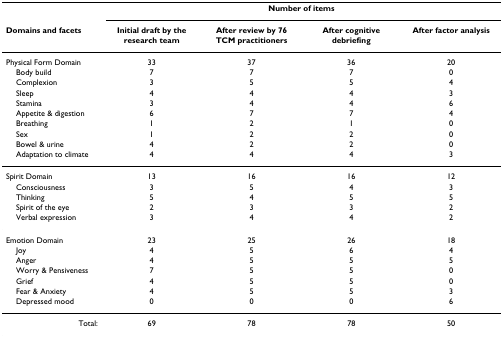
<table><thead><tr><td></td><td colspan="4"><b>Number of items</b></td></tr><tr><td><b>Domains and facets</b></td><td><b>Initial draft by the research team</b></td><td><b>After review by 76 TCM practitioners</b></td><td><b>After cognitive debriefing</b></td><td><b>After factor analysis</b></td></tr></thead><tbody><tr><td>Physical Form Domain</td><td>33</td><td>37</td><td>36</td><td>20</td></tr><tr><td> Body build</td><td>7</td><td>7</td><td>7</td><td>0</td></tr><tr><td> Complexion</td><td>3</td><td>5</td><td>5</td><td>4</td></tr><tr><td> Sleep</td><td>4</td><td>4</td><td>4</td><td>3</td></tr><tr><td> Stamina</td><td>3</td><td>4</td><td>4</td><td>6</td></tr><tr><td> Appetite &amp; digestion</td><td>6</td><td>7</td><td>7</td><td>4</td></tr><tr><td> Breathing</td><td>1</td><td>2</td><td>1</td><td>0</td></tr><tr><td> Sex</td><td>1</td><td>2</td><td>2</td><td>0</td></tr><tr><td> Bowel &amp; urine</td><td>4</td><td>2</td><td>2</td><td>0</td></tr><tr><td> Adaptation to climate</td><td>4</td><td>4</td><td>4</td><td>3</td></tr><tr><td>Spirit Domain</td><td>13</td><td>16</td><td>16</td><td>12</td></tr><tr><td> Consciousness</td><td>3</td><td>5</td><td>4</td><td>3</td></tr><tr><td> Thinking</td><td>5</td><td>4</td><td>5</td><td>5</td></tr><tr><td> Spirit of the eye</td><td>2</td><td>3</td><td>3</td><td>2</td></tr><tr><td> Verbal expression</td><td>3</td><td>4</td><td>4</td><td>2</td></tr><tr><td>Emotion Domain</td><td>23</td><td>25</td><td>26</td><td>18</td></tr><tr><td> Joy</td><td>4</td><td>5</td><td>6</td><td>4</td></tr><tr><td> Anger</td><td>4</td><td>5</td><td>5</td><td>5</td></tr><tr><td> Worry &amp; Pensiveness</td><td>7</td><td>5</td><td>5</td><td>0</td></tr><tr><td> Grief</td><td>4</td><td>5</td><td>5</td><td>0</td></tr><tr><td> Fear &amp; Anxiety</td><td>4</td><td>5</td><td>5</td><td>3</td></tr><tr><td> Depressed mood</td><td>0</td><td>0</td><td>0</td><td>6</td></tr><tr><td>Total:</td><td>69</td><td>78</td><td>78</td><td>50</td></tr></tbody></table>